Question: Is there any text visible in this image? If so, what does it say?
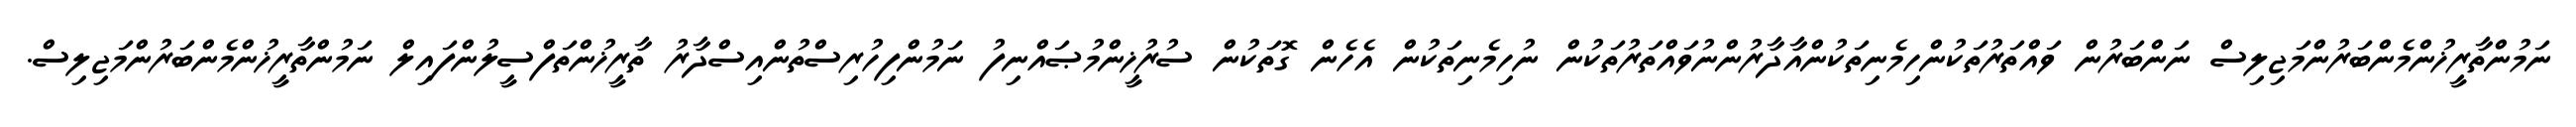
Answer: ނަމުންތާރީޚުންމެންބަރުންމަޖިލިސް ނަންބަރުން ވައްތަރުތަކުންހިމެނިތަކުންއާދާރުންނުވައްތަރުތަކުން ނުހިމެނިތަކުން އެހެން ގޮތަކުން ސުރުޚީންމުޞައްނިފު ނަމުންފިހުރިސްތުންއިސްދާރު ތާރީޚުންތަފްސީލުންފައިލް ނަމުންތާރީޚުންމެންބަރުންމަޖިލިސް.